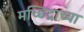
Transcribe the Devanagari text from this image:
मच्छिंद्राच्या